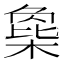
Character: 𣗸